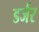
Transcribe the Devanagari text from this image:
डर्जर